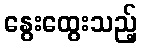
နွေးထွေးသည့်